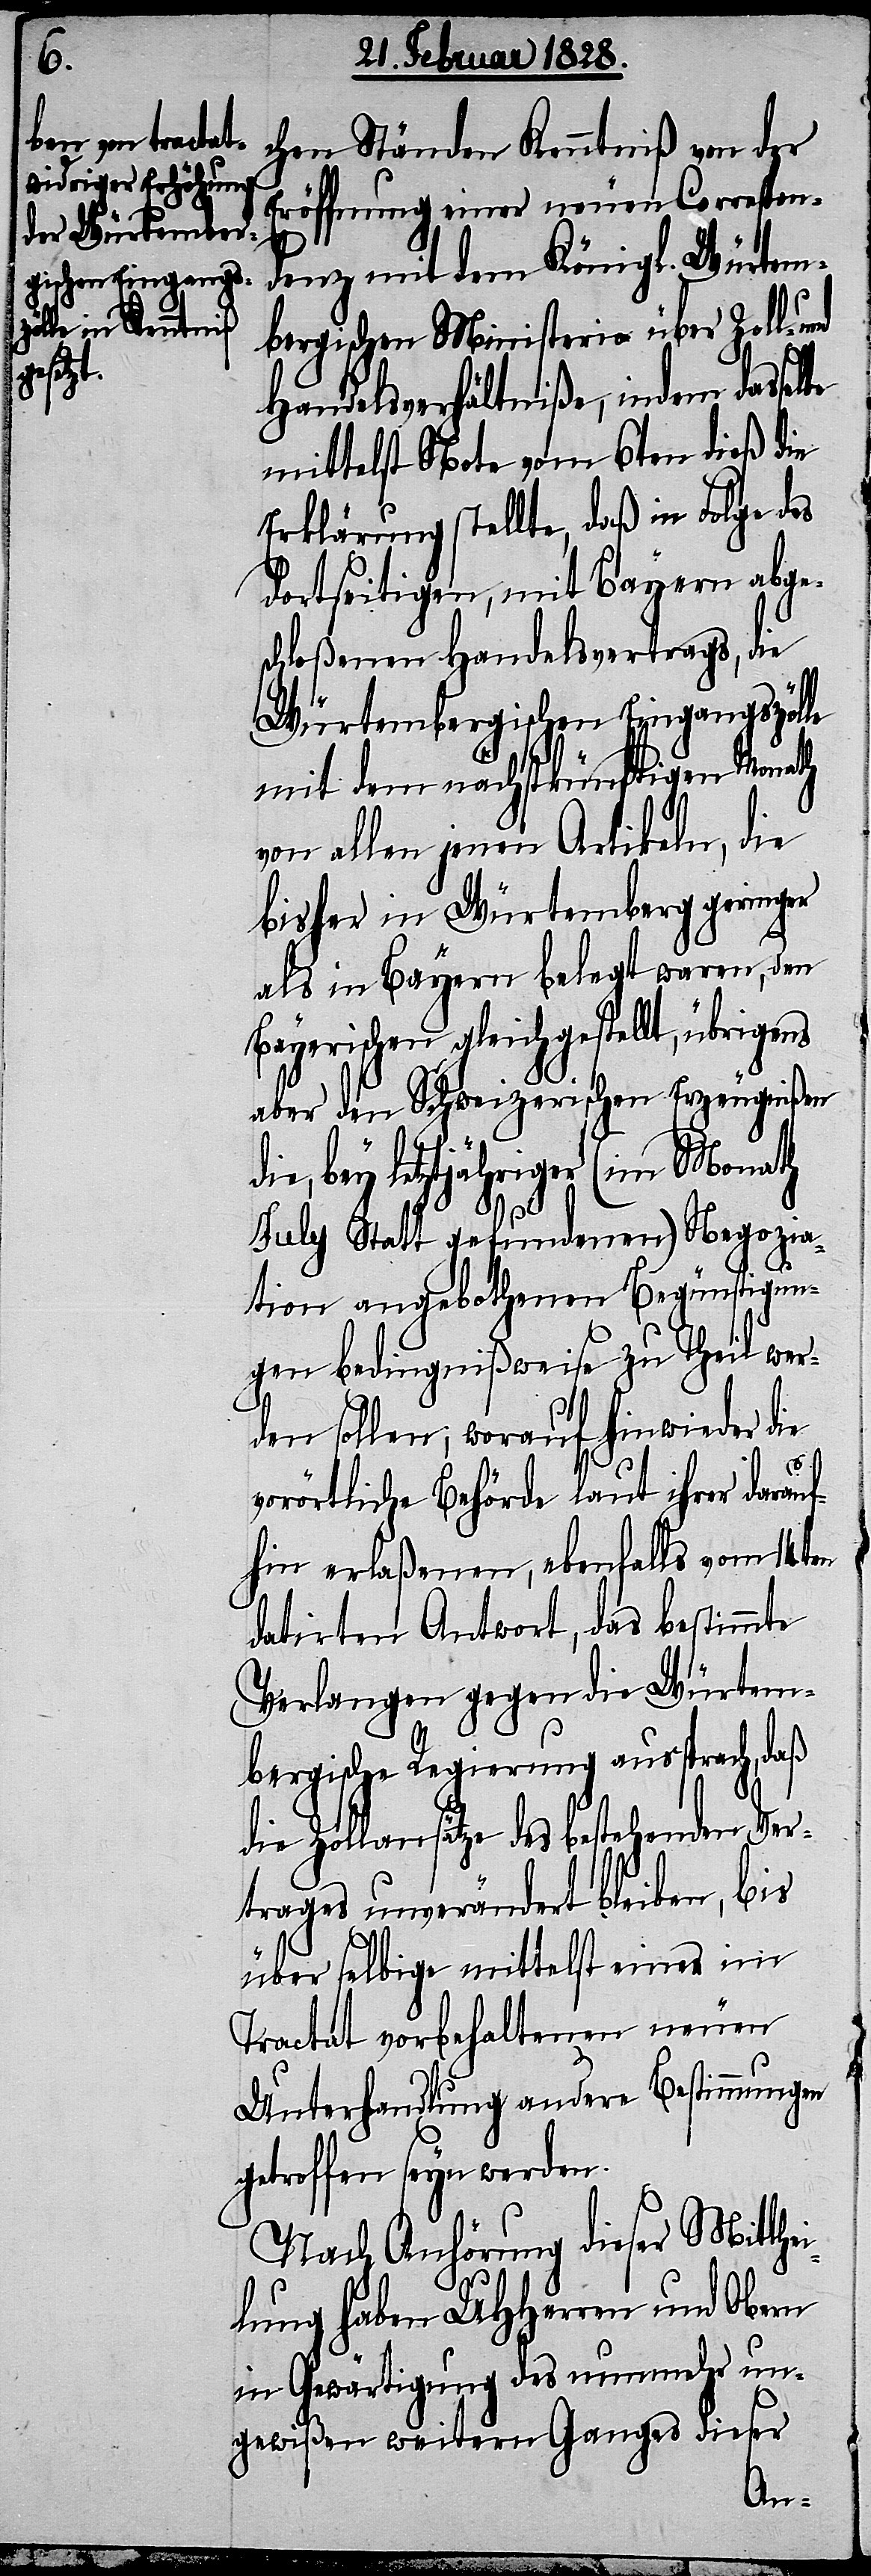
chen Ständen Kenntniß von der
Eröffnung einer neuen Correspon¬
denz mit dem Königl. Würtem¬
bergischen Ministerio über Zoll und
Handelsverhältniße, indem dasse¬
mittelst Note vom 6ten dieß die
Erklärung stellte, daß in Folge des
dortseitigen, mit Bayern abges¬
chloßenen Handelsvertrags, die
Würtembergischen Eingangszölle
mit dem nächstkünftigen Monath
von allen jenen Artikeln, die
bisher in Würtemberg geringer
als in Bayern belegt waren, den
Bayerischen gleichgestellt, übrige¬
aber den Schweizerischen Erzeugnißen
bey letztjähriger (im Monath
July Statt gefundenen) Negozia¬
tion angebothenen Begünstigun¬
gen bedingnißweise zu Theil wer¬
den sollen; worauf hinwieder die
ns
vorörtliche Behörde laut ihrer darauf¬
hin erlaßenen, ebenfalls vom 14ten
datirten Antwort, das bestimmte
Verlangen gegen die Würtem¬
bergische Regierung aussprach, daß
die Zollansätze des bestehenden Ver¬
trages unverändert bleiben, bis
über selbige mittelst einer im
Tractat vorbehaltenen neuen
Unterhandlung andere Bestimmungen
getroffen seyn werden.
Nach Anhörung dieser Mitthe¬
ilung haben UHHerren und Obern
in Gewärtigung des nunmehr un¬
gewißen weitern Ganges dieser